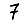
Digit: 7